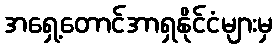
အရှေ့တောင်အာရှနိုင်ငံများမှ